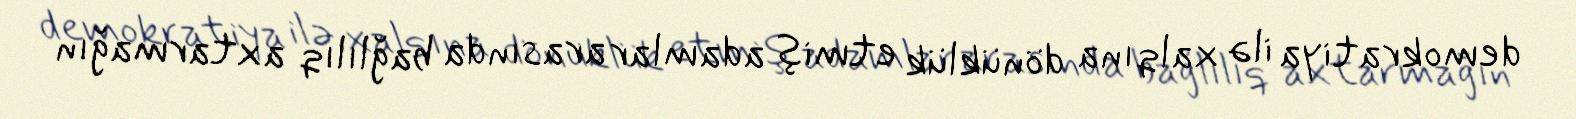
demokratiya ilə xalqına dönüklük etmiş adamlar arasında bağlılıq axtarmağın